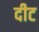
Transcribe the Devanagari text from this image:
दीट